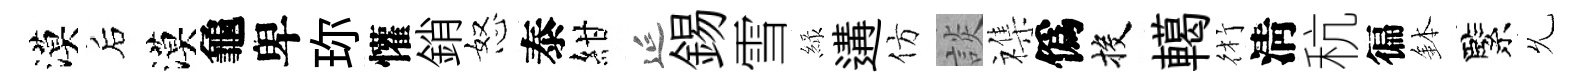
漠后漠龜卑珎懽銷怒泰紺延錫雪緑遘仿談襍僞投轕術淸秔徧鉢緊𠃔